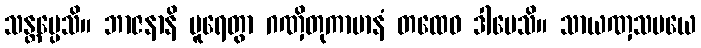
သန္တပ္ပေသိ။ ဘာဇနာနိ ပူရေတွာ ဂဏှိတုကာမာနံ တထေဝ ဒါပေသိ။ သာယဏှသမယေ